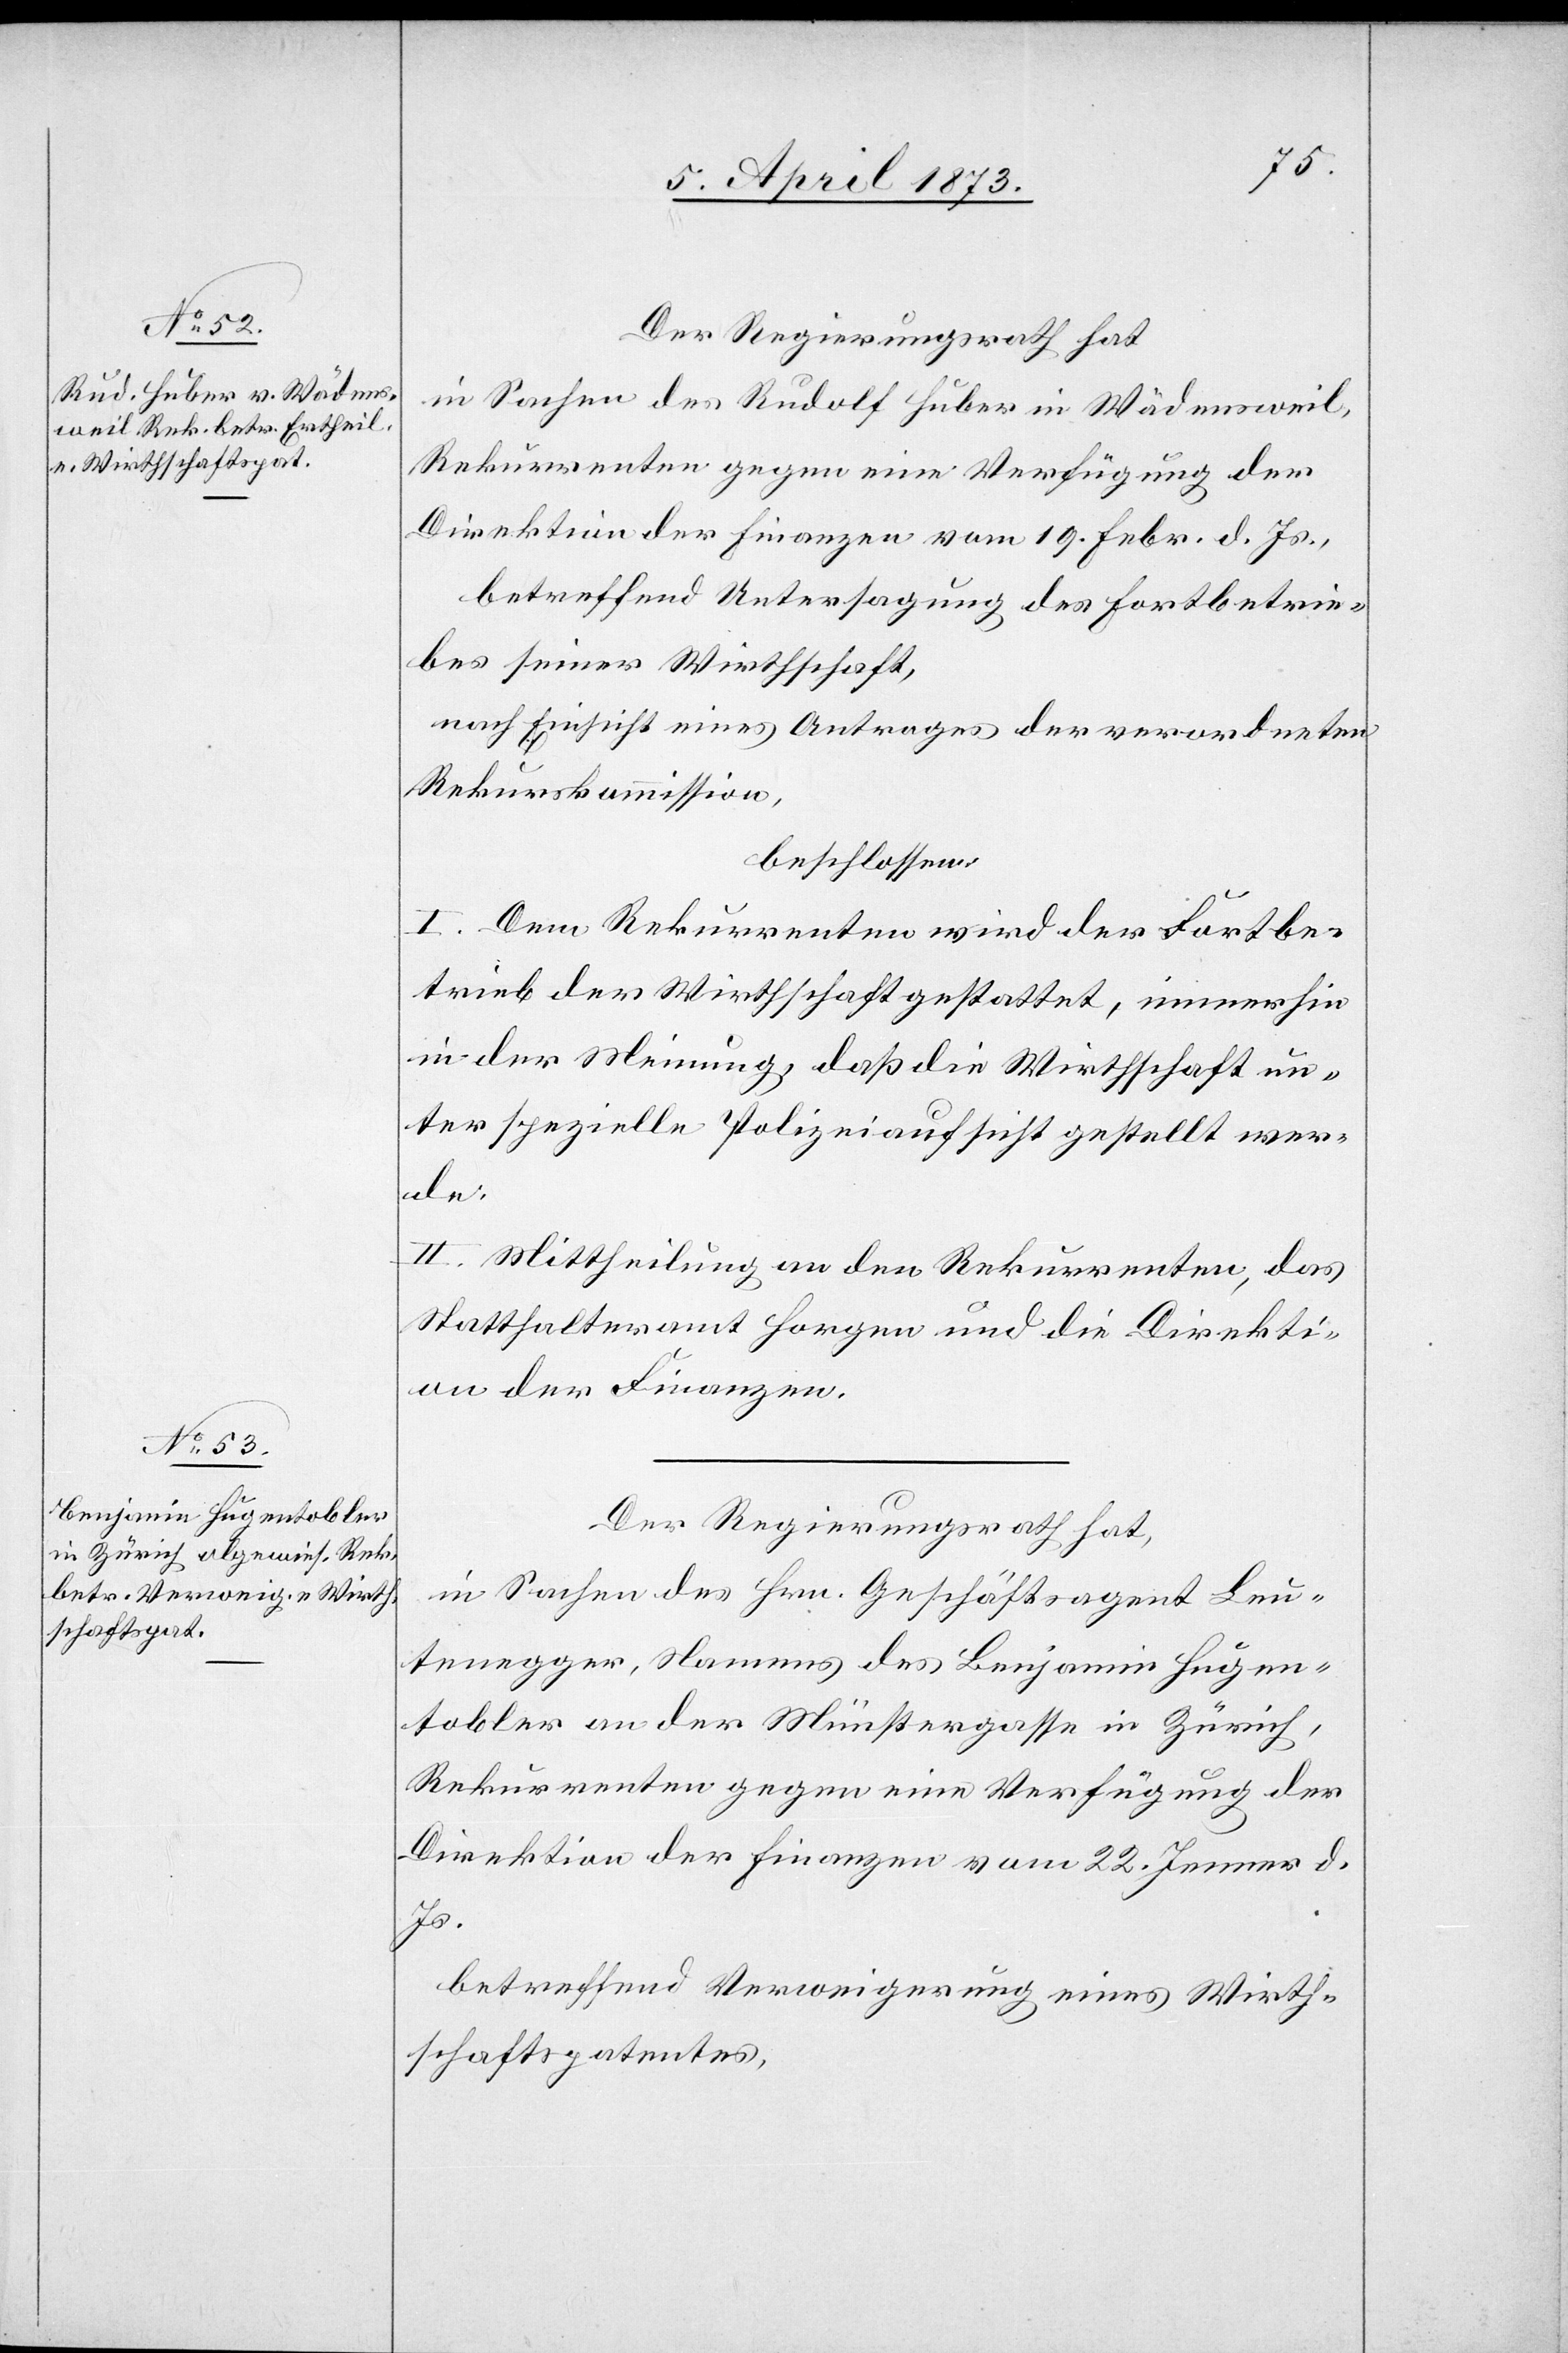
Der Regierungsrath hat
in Sachen des Rudolf Huber in Wädensweil,
Rekurrenten gegen eine Verfügung der
Direktion der Finanzen vom 19. Febr. d. Js.,
betreffend Untersagung des Fortbetrie¬
bes seiner Wirthschaft,
nach Einsicht eines Antrages der verordneten
Rekurskommission,
beschlossen:
I. Dem Rekurrenten wird der Fortbe¬
trieb der Wirthschaft gestattet, immerhin
in der Meinung, daß die Wirthschaft un¬
ter spezielle Polizeiaufsicht gestellt wer¬
de.
II. Mittheilung an den Rekurrenten, das
Statthalteramt Horgen und die Direkti¬
on der Finanzen.
in Sachen des Hrn. Geschäftsagent Leu¬
tenegger, Namens des Benjamin Hugen¬
tobler an der Münstergasse in Zürich,
Rekurrenten gegen eine Verfügung der
Direktion der Finanzen vom 22. Jenner d.
Js.
betreffend Verweigerung eines Wirth¬
schaftspatentes,